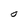
Character: O